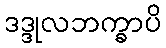
ဒဒ္ဒုလဘက္ခာပိ